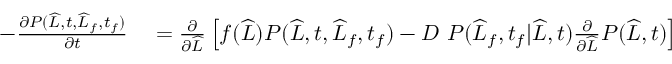
\begin{array} { r l } { - \frac { \partial P ( \widehat { L } , t , \widehat { L } _ { f } , t _ { f } ) } { \partial t } } & { { } = \frac { \partial } { \partial \widehat { L } } \left[ f ( \widehat { L } ) P ( \widehat { L } , t , \widehat { L } _ { f } , t _ { f } ) - D \ P ( \widehat { L } _ { f } , t _ { f } | \widehat { L } , t ) \frac { \partial } { \partial \widehat { L } } P ( \widehat { L } , t ) \right] } \end{array}